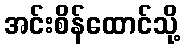
အင်းစိန်ထောင်သို့